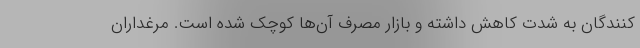
کنندگان به شدت کاهش داشته و بازار مصرف آن‌ها کوچک شده است. مرغداران